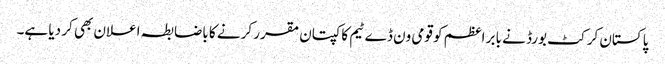
پاکستان کرکٹ بورڈ نے بابر اعظم کو قومی ون ڈے ٹیم کا کپتان مقرر کرنے کا باضابطہ اعلان بھی کر دیا ہے۔